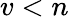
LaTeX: v<n